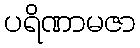
ပရိဏာမဇာ